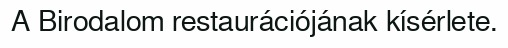
A Birodalom restaurációjának kísérlete.